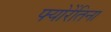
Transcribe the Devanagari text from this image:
फ्योरेंतिना